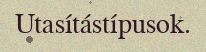
Utasítástípusok.